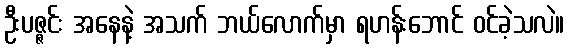
ဦးပဇ္ဇင်း အနေနဲ့ အသက် ဘယ်လောက်မှာ ရဟန်းဘောင် ဝင်ခဲ့သလဲ။